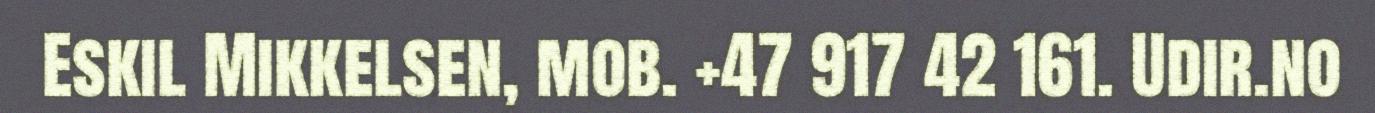
Eskil Mikkelsen, mob. +47 917 42 161. Udir.no